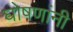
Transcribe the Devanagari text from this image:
घोषणांनी